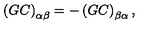
\left( G C \right) _ { \alpha \beta } = - \left( G C \right) _ { \beta \alpha } ,